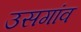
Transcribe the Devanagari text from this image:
उसगांव